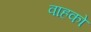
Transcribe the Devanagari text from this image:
वाहको